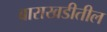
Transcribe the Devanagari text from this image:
बाराखडीतील